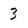
Character: 3